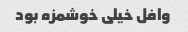
وافل خیلی خوشمزه بود